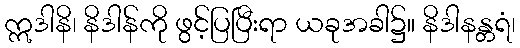
ဣဒါနိ၊ နိဒါန်ကို ဖွင့်ပြပြီးရာ ယခုအခါ၌။ နိဒါနန္တရံ၊